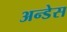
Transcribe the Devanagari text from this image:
अन्डेस